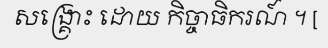
សង្គ្រោះ ដោយ កិច្ចាធិករណ៍ ។ [